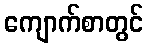
ကျောက်စာတွင်